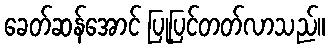
ခေတ်ဆန်အောင် ပြုပြင်တတ်လာသည်။